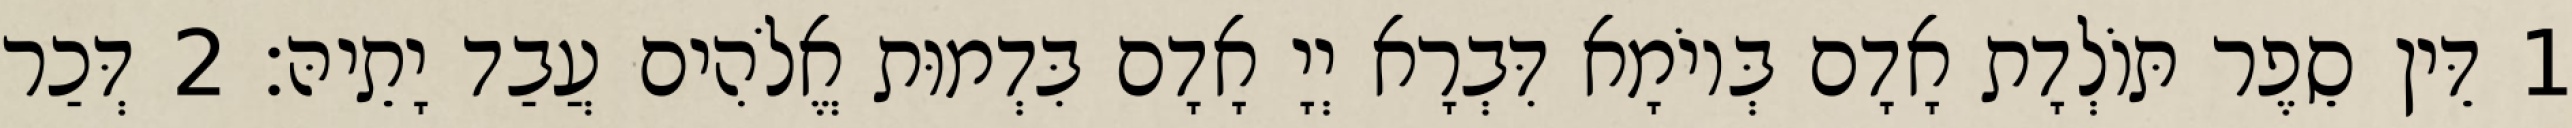
1 דֵּין סֵפֶר תּוֹלְדָת אָדָם בְּיוֹמָא דִּבְרָא יְיָ אָדָם בִּדְמוּת אֱלֹהִים עֲבַד יָתֵיהּ׃ 2 דְּכַר